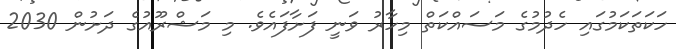
ހަކަތަކަމުގައި ހެދުމުގެ މަސައްކަތް މިހާރު ވަނީ ފަށާފައެވެ. މި މަޝްރޫއުގެ ދަށުން 2030